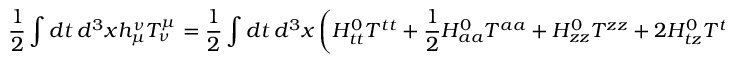
\frac { 1 } { 2 } \int d t \, d ^ { 3 } x h _ { \mu } ^ { \nu } T _ { \nu } ^ { \mu } = \frac { 1 } { 2 } \int d t \, d ^ { 3 } x \left( H _ { t t } ^ { 0 } T ^ { t t } + \frac { 1 } { 2 } H _ { a a } ^ { 0 } T ^ { a a } + H _ { z z } ^ { 0 } T ^ { z z } + 2 H _ { t z } ^ { 0 } T ^ { t z } \right) \, .